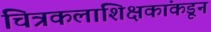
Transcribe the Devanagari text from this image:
चित्रकलाशिक्षकांकडून